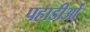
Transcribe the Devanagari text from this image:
पहाडीओं